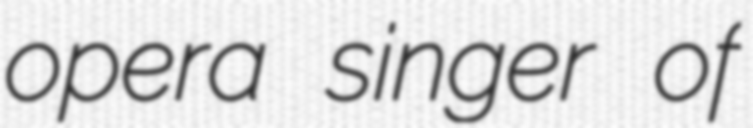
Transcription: opera singer of